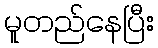
မူတည်နေပြီး